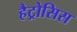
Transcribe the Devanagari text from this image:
हैट्रोसिस